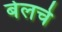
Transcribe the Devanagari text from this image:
बेलचे